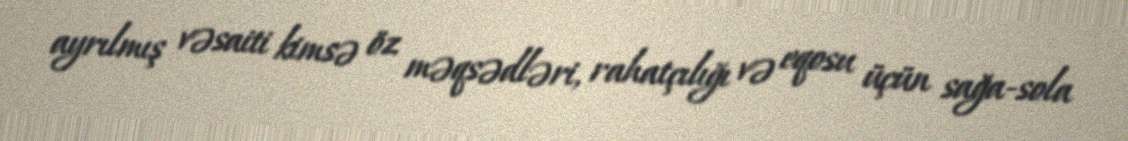
ayrılmış vəsaiti kimsə öz məqsədləri, rahatçılığı və eqosu üçün sağa-sola